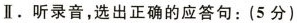
Ⅱ.听录音,选出正确的应答句:(5分)